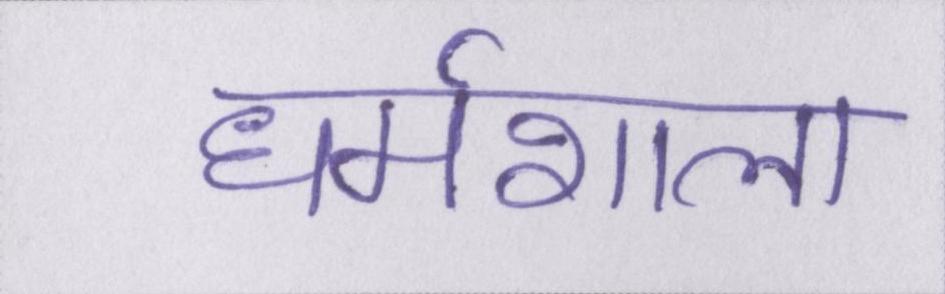
धर्मशाला